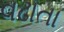
વઢાતા